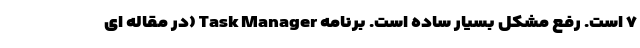
۷ است. رفع مشکل بسیار ساده است. برنامه Task Manager (در مقاله ای